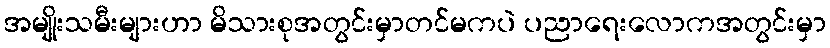
အမျိုးသမီးများဟာ မိသားစုအတွင်းမှာတင်မကပဲ ပညာရေးလောကအတွင်းမှာ